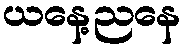
ယနေ့ညနေ